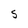
Character: S